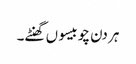
ہر دن چوبیسو ں گھنٹے۔